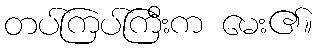
တပ်ကြပ်ကြီးက မေး၏။